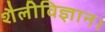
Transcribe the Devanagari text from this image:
शैलीविज्ञान।